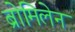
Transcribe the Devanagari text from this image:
ब्रोमिलेन